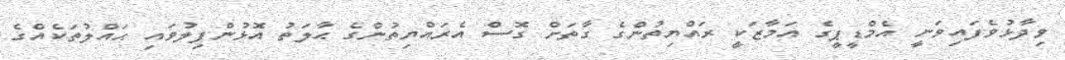
ވިދާޅުވެފައިވަނީ އެމްޑީޕީގެ އަމާޒަކީ ރައްޔިތުންގެ ގާތަށް ގޮސް އެރައްޔިތުންގެ ޙާލަތު އޮޅުންފިލުވައި ޙައްލުތަކެއްގެ